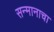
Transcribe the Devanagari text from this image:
सन्मानाचा